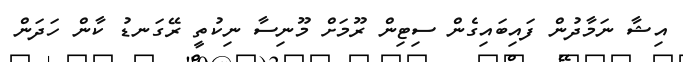
އިޝާ ނަމާދުން ފައިބައިގެން ސިޓިން ރޫމަށް މޫނިސާ ނިކުތީ ރޭގަނޑު ކާން ހަދަން